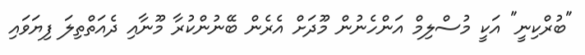
"ބުރްކިނީ" އަކީ މުސްލިމް އަންހެނުން މޫދަށް އެރެން ބޭނުންކުރާ މޫނާއި ދެއަތްތިލަ ފިޔަވައި